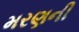
મરણની